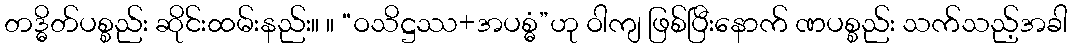
တဒ္ဓိတ်ပစ္စည်း ဆိုင်းထမ်းနည်း။ ။ “ဝသိဋ္ဌဿ+အပစ္ဓံ”ဟု ဝါကျ ဖြစ်ပြီးနောက် ဏပစ္စည်း သက်သည့်အခါ